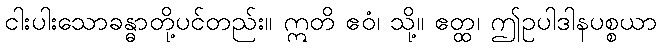
ငါးပါးသောခန္ဓာတို့ပင်တည်း။ ဣတိ ဧဝံ၊ သို့။ ဧတ္ထ၊ ဤဥပါဒါနပစ္စယာ